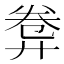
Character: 𢍕